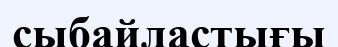
сыбайластығы